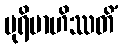
ပုရိမာဟိဿတိံ